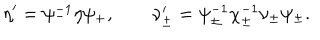
\eta ^ { \prime } = \psi _ { - } ^ { - 1 } \eta \psi _ { + } , \qquad \nu _ { \pm } ^ { \prime } = \psi _ { \pm } ^ { - 1 } \chi _ { \pm } ^ { - 1 } \nu _ { \pm } \psi _ { \pm } .